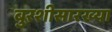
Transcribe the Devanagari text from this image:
बुरशीसारख्या